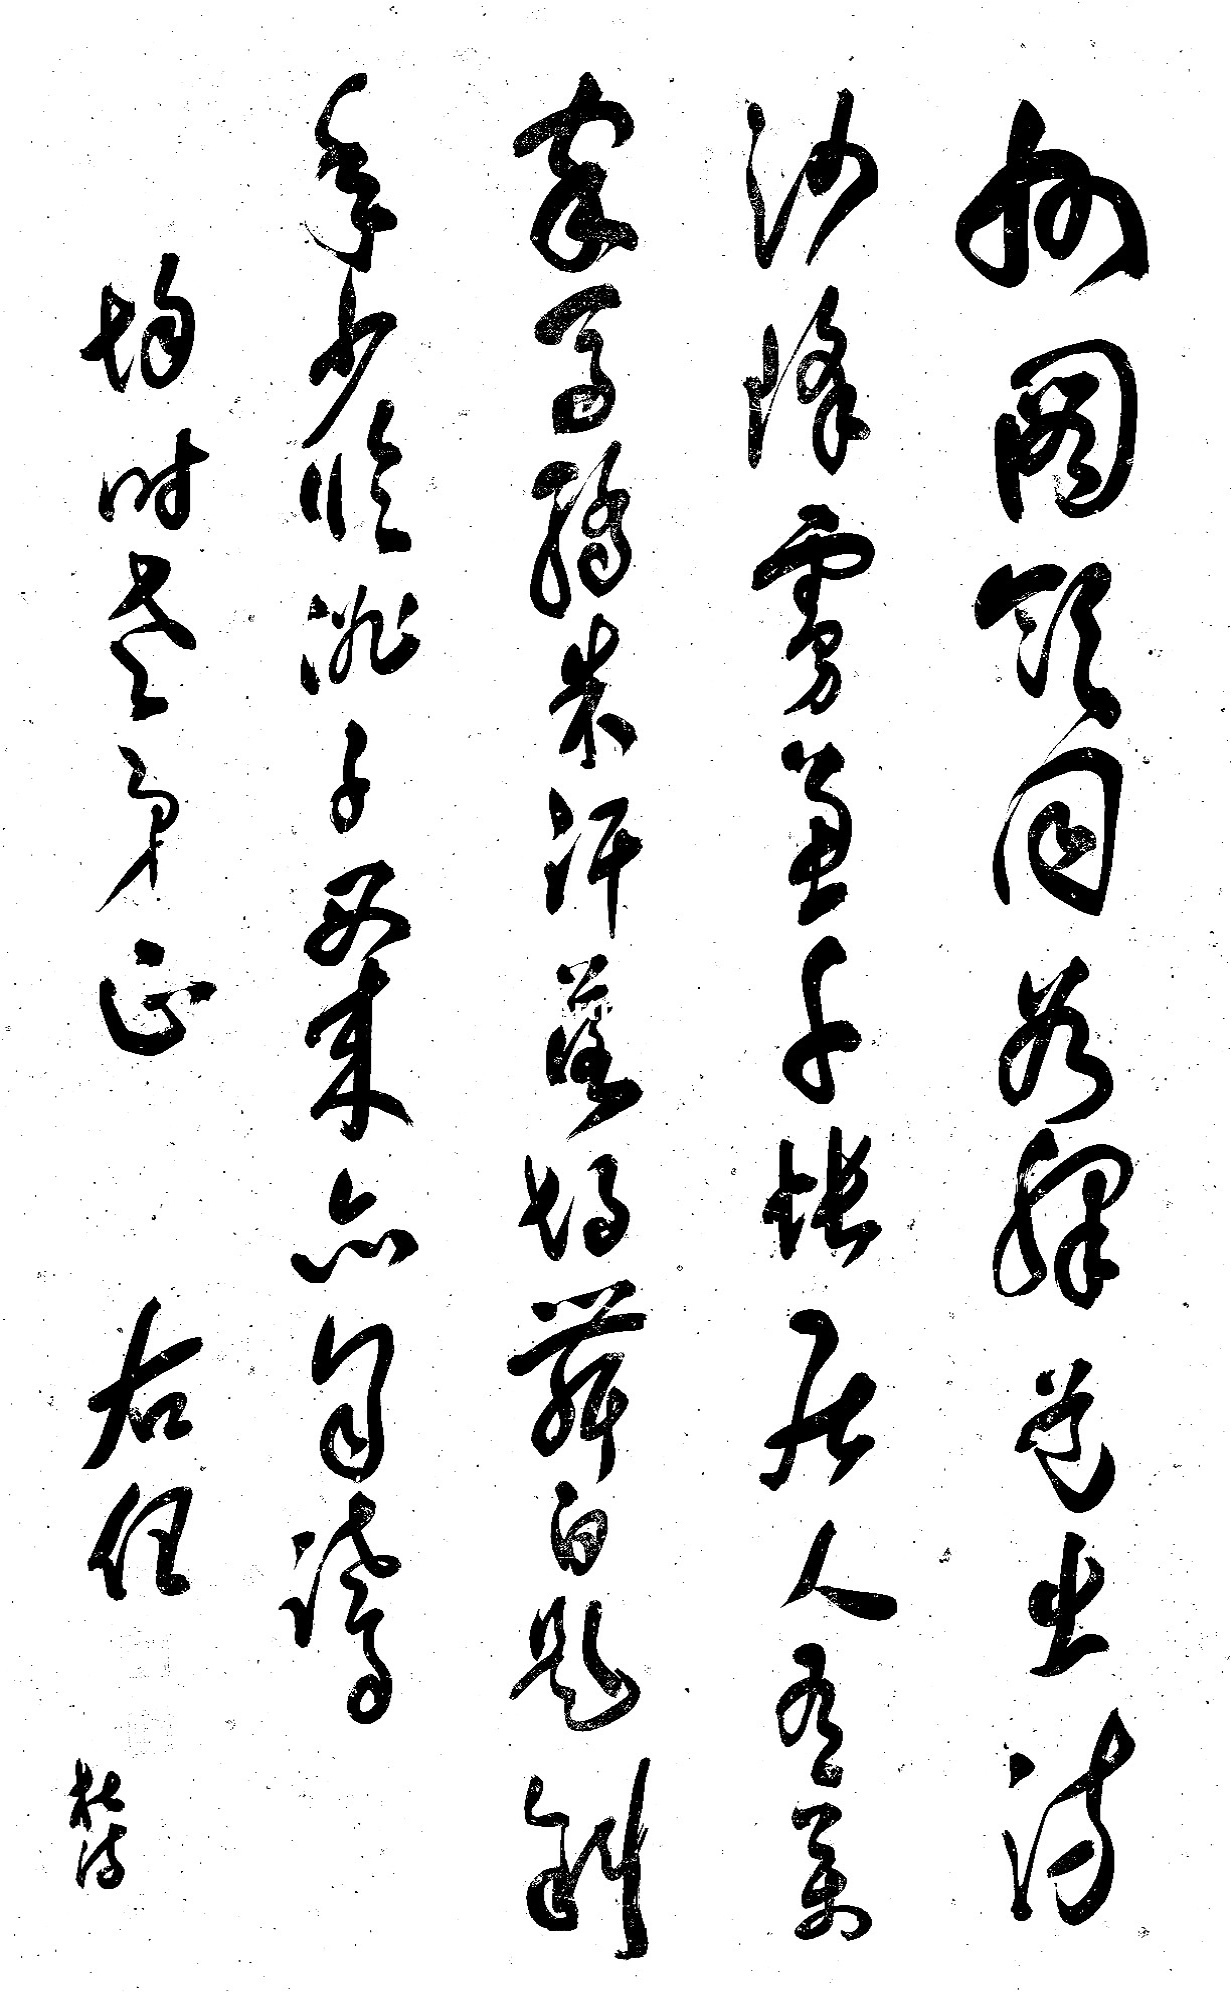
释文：州图领同谷，驿道出流沙；降虏兼千帐，居人有万家；马骄朱汗落，胡舞白题斜；年少临洮子，西来亦自夸。均时老弟正，右任。杜诗。